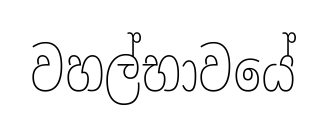
වහල්භාවයේ